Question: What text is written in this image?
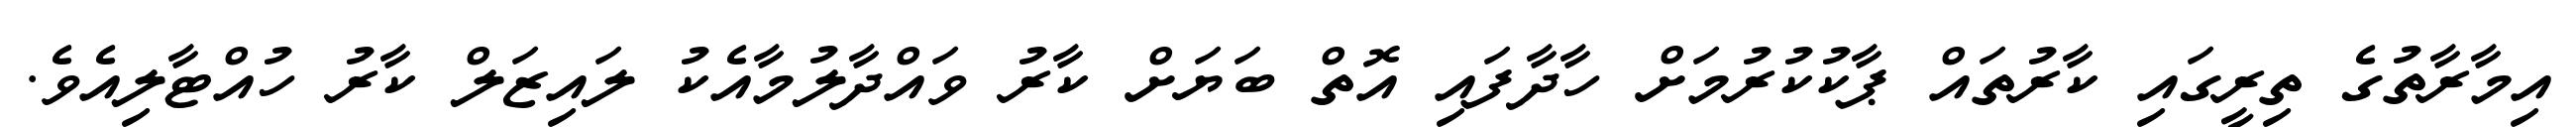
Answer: އިމާރާތުގެ ތިރީގައި ކާރުތައް ޕާކުކުރުމަށް ހާދާފައި އޮތް ބަޔަށް ކާރު ވައްދާލުމާއެކު ލައިޒަލް ކާރު ހުއްޓާލިއެވެ.